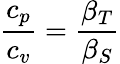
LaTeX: {\frac{c_{p}}{c_{v}}}={\frac{\beta_{T}}{\beta_{S}}}